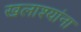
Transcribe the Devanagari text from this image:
खलाश्यांना